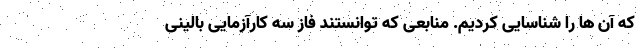
که آن ها را شناسایی کردیم. منابعی که توانستند فاز سه کارآزمایی بالینی